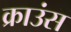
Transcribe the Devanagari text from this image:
क्राउंस